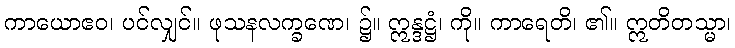
ကာယောဧဝ၊ ပင်လျှင်။ ဖုသနလက္ခဏေ၊ ၌။ ဣန္ဒဋ္ဌံ၊ ကို။ ကာရေတိ၊ ၏။ ဣတိတသ္မာ၊